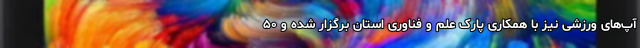
آپ‌های ورزشی نیز با همکاری‌ پارک علم و فناوری استان برگزار شده و ۵۰